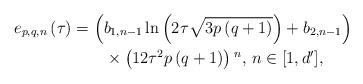
LaTeX: \begin{align*}e_{p,q,n}\left(\tau\right) & =\left(b_{1,n-1}\ln\left(2\tau\sqrt{3p\left(q+1\right)}\right)+b_{2,n-1}\right)\\ & \qquad\times\left(12\tau^{2}p\left(q+1\right)\right){}^{n},\, n\in[1,d'],\end{align*}